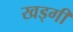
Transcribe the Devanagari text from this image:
खड्गी